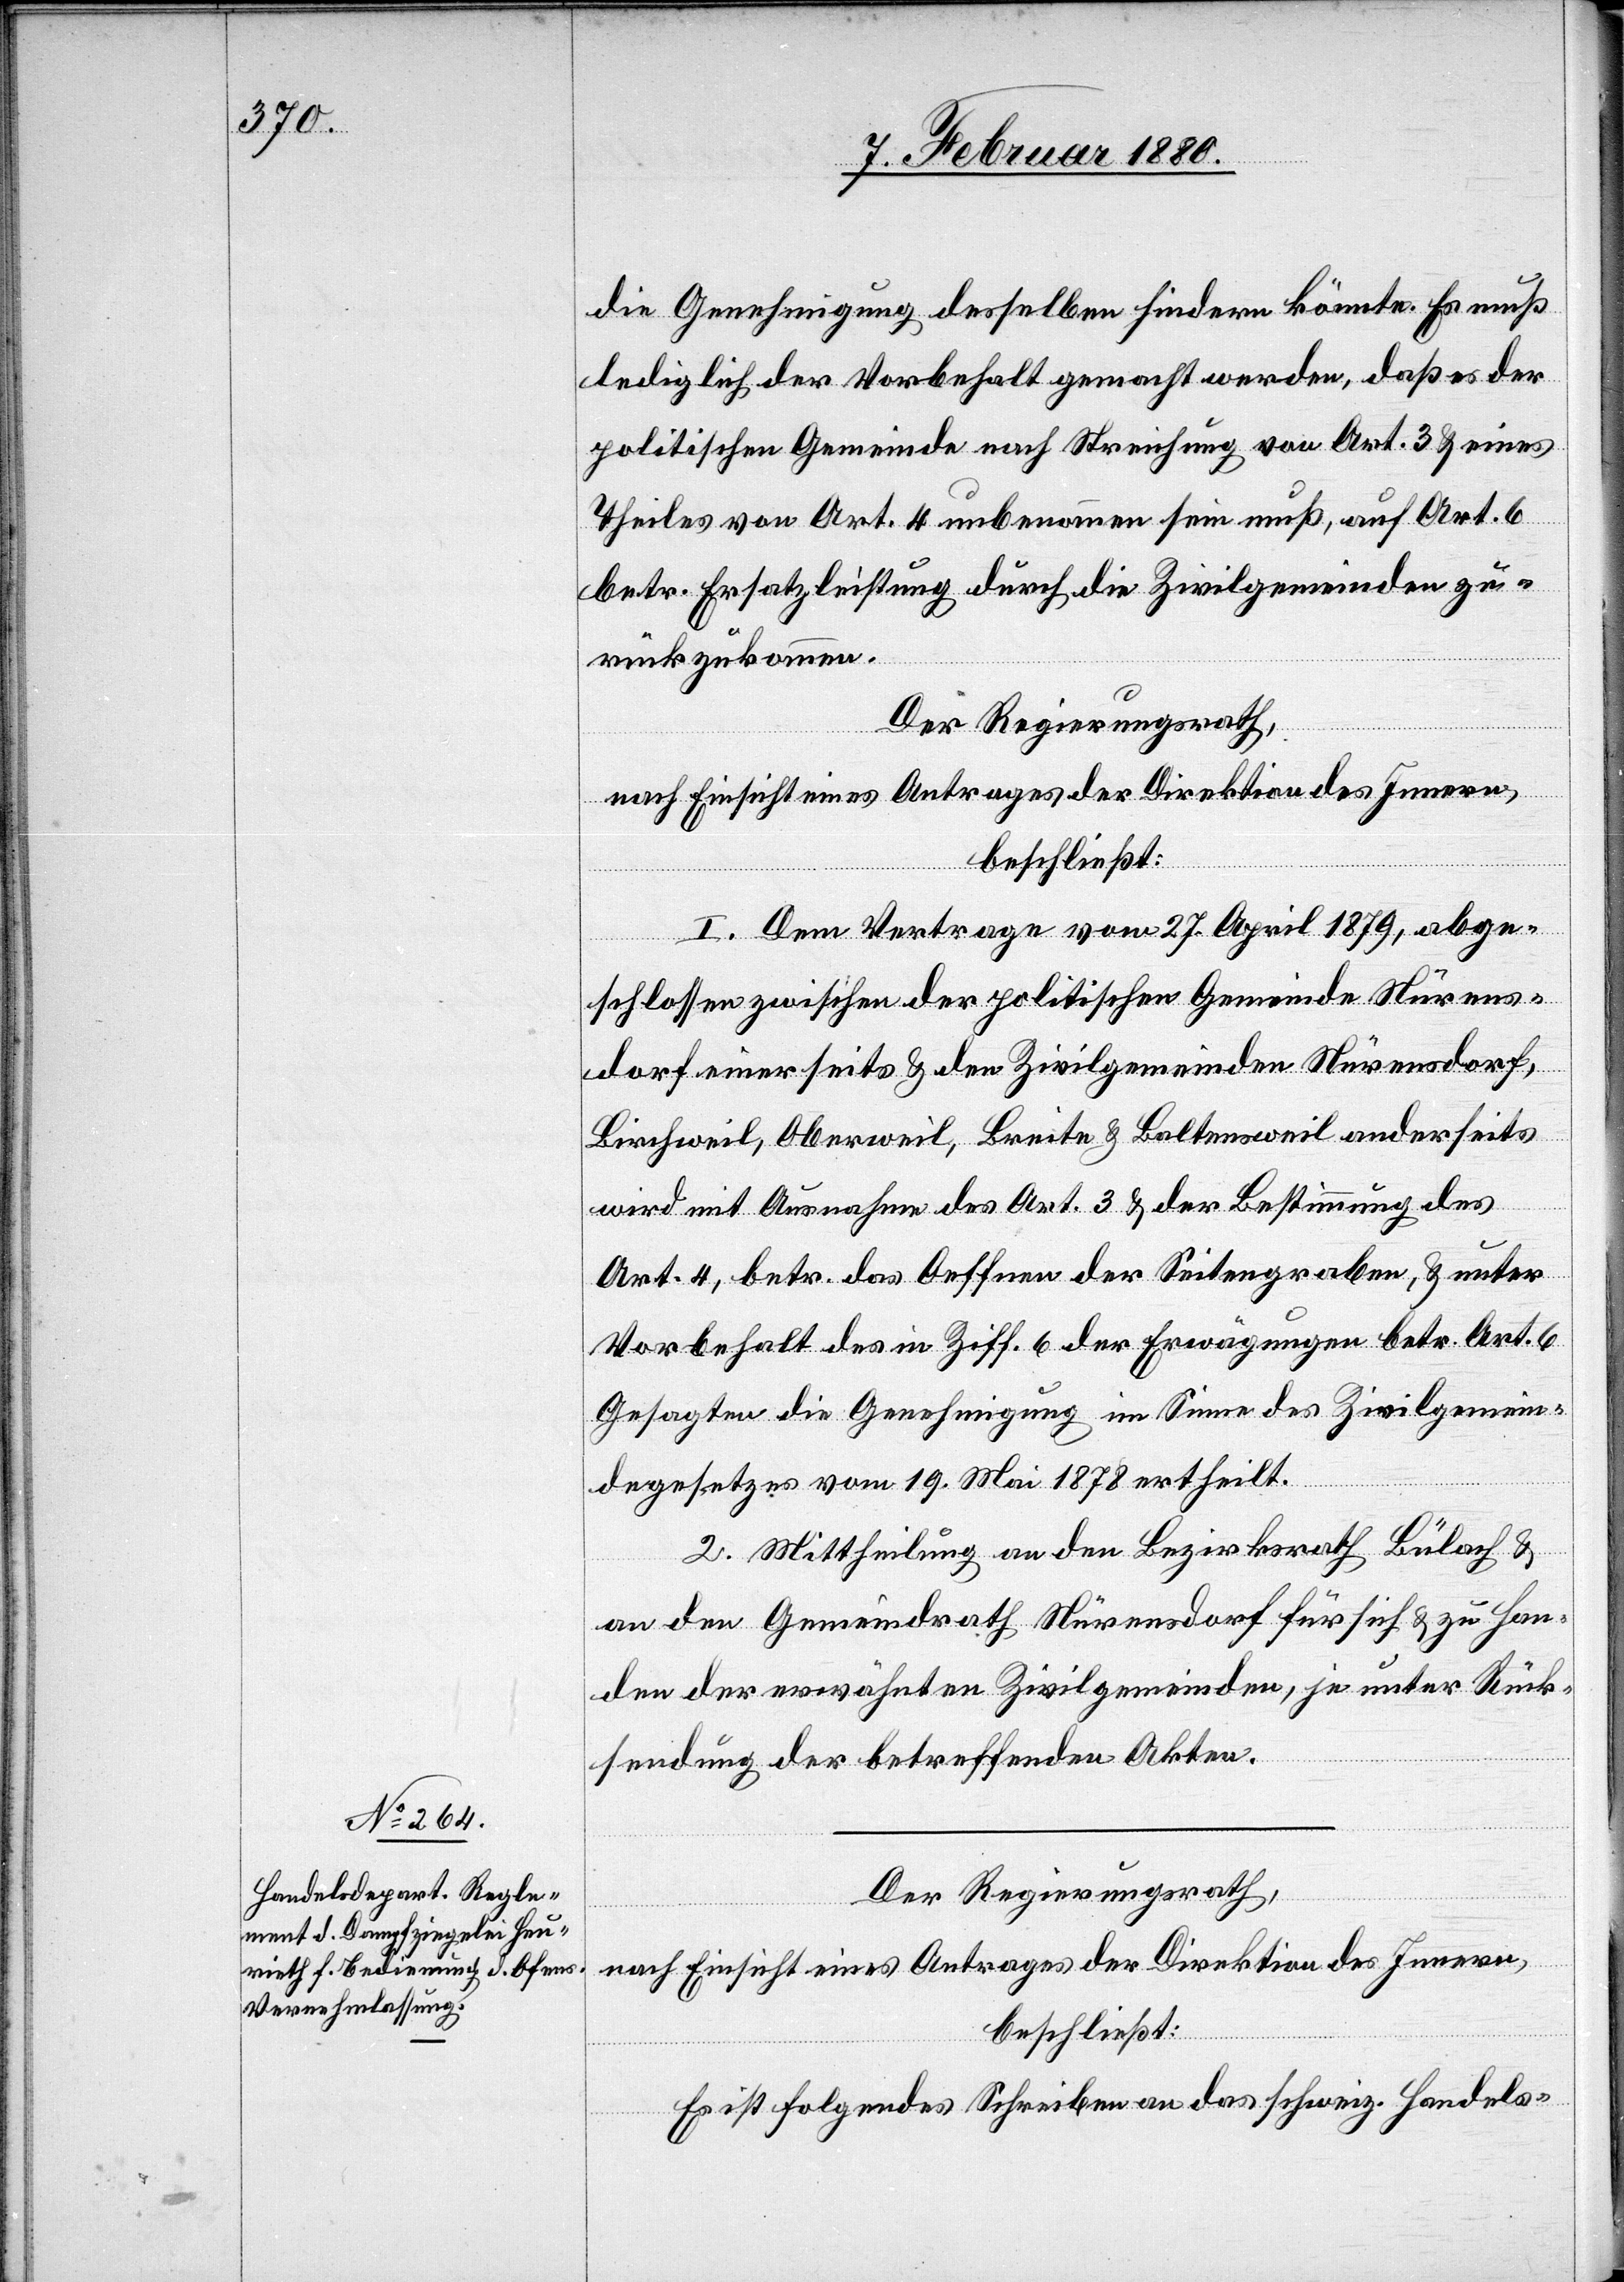
die Genehmigung desselben hindern könnte. Es muß
lediglich der Vorbehalt gemacht werden, daß es der
politischen Gemeinde nach Streichung von Art. 3 & eines
Theiles von Art. 4 unbenommen sein muß, auf Art. 6
betr. Ersatzleistung durch die Zivilgemeinden zu¬
rückzukommen.
Der Regierungsrath,
nach Einsicht eines Antrages der Direktion des Innern,
beschließt:
I. Dem Vertrage vom 27. April 1879, abge¬
schlossen zwischen der politischen Gemeinde Nürens¬
dorf einerseits & den Zivilgemeinden Nürensdorf,
Birchweil, Oberweil, Breite & Baltensweil anderseits
wird mit Ausnahme des Art. 3 & der Bestimmung des
Art. 4, betr. das Oeffnen der Seitengraben, & unter
Vorbehalt des in Ziff. 6 der Erwägungen betr. Art. 6
Gesagten die Genehmigung im Sinne des Zivilgemein¬
degesetzes vom 19. Mai 1878 ertheilt.
II. Mittheilung an den Bezirksrath Bülach &
an den Gemeindrath Nürensdorf für sich & zu Han¬
den der erwähnten Zivilgemeinden, je unter Rück¬
sendung der betreffenden Akten.
Der Regierungsrath,
nach Einsicht eines Antrages der Direktion des Innern,
beschließt:
Es ist folgendes Schreiben an das schweiz. Handels-